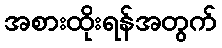
အစားထိုးရန်အတွက်